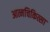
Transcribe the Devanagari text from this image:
आत्मचिकित्सा